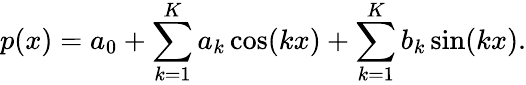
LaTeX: p(x)=a_{0}+\sum_{k=1}^{K}a_{k}\cos(kx)+\sum_{k=1}^{K}b_{k}\sin(kx).